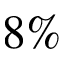
8 \%